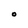
Character: O